Vaccine operations Central Provinces & Berar 1922-1929 - 1922-1929
Year: 1922
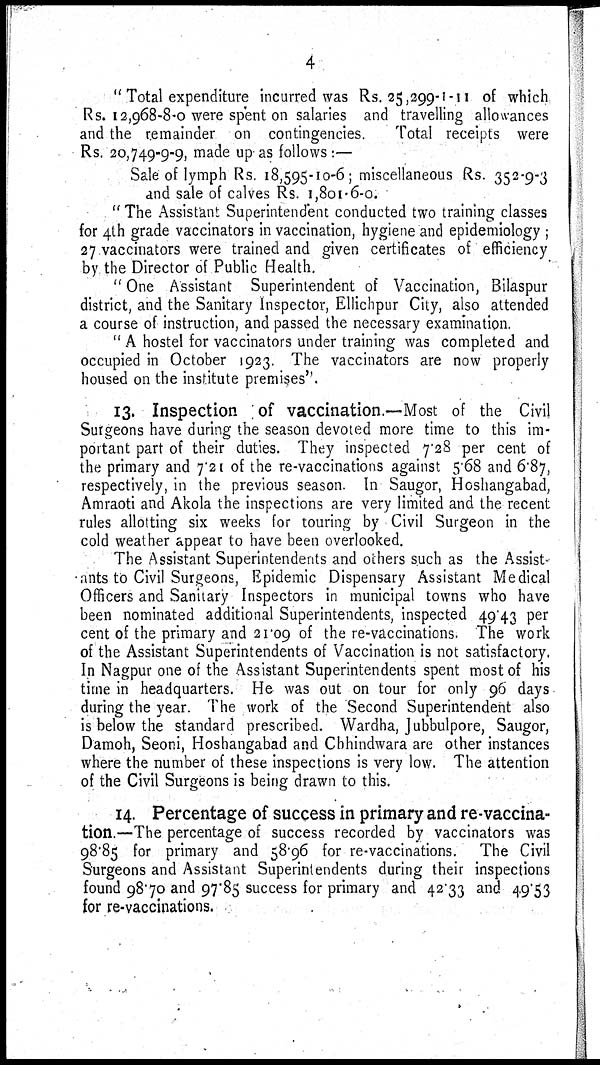
4
" Total expenditure incurred was Rs. 25,299-1-11 of which
Rs. 12,968-8-0 were spent on salaries and travelling allowances
and the remainder on contingencies.
Total receipts were
Rs. 20,749-9-9, made up as follows:—
Sale of lymph Rs. 18,595-10-6; miscellaneous Rs. 352-9-3
and sale of calves Rs. 1,801-6-0.
" The Assistant Superintendent conducted two training classes
for 4th grade vaccinators in vaccination, hygiene and epidemiology ;
27 vaccinators were trained and given certificates of efficiency
by the Director of Public Health.
" One Assistant Superintendent of Vaccination, Bilaspur
district, and the Sanitary Inspector, Ellichpur City, also attended
a course of instruction, and passed the necessary examination.
" A hostel for vaccinators under training was completed and
occupied in October 1923. The vaccinators are now properly
housed on the institute premises".
13. Inspection of vaccination.—Most of the Civil
Surgeons have during the season devoted more time to this im-
portant part of their duties. They inspected 7.28 per cent of
the primary and 7.21 of the re-vaccinations against 5.68 and 6.87,
respectively, in the previous season. In Saugor, Hoshangabad,
Amraoti and Akola the inspections are very limited and the recent
rules allotting six weeks for touring by Civil Surgeon in the
cold weather appear to have been overlooked.
The Assistant Superintendents and others such as the Assist
ants to Civil Surgeons, Epidemic Dispensary Assistant Medical
Officers and Sanitary Inspectors in municipal towns who have
been nominated additional Superintendents, inspected 49.43 per
cent of the primary and 21.09 of the re-vaccinations. The work
of the Assistant Superintendents of Vaccination is not satisfactory.
In Nagpur one of the Assistant Superintendents spent most of his
time in headquarters. He was out on tour for only 96 days
during the year. The work of the Second Superintendent also
is below the standard prescribed. Wardha, Jubbulpore, Saugor,
Damoh, Seoni, Hoshangabad and Chhindwara are other instances
where the number of these inspections is very low. The attention
of the Civil Surgeons is being drawn to this.
14. Percentage of success in primary and re-vaccina-
tion.—The percentage of success recorded by vaccinators was
98.85 for primary and 58.96 for re-vaccinations. The Civil
Surgeons and Assistant Superintendents during their inspections
found 98.70 and 97.85 success for primary and 42.33 and 49.53
for re-vaccinations.